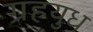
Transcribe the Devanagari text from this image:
ग्रहयुध